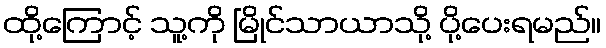
ထို့ကြောင့် သူ့ကို မြိုင်သာယာသို့ ပို့ပေးရမည်။